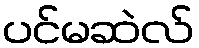
ပင်မဆဲလ်